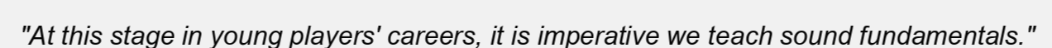
"At this stage in young players' careers, it is imperative we teach sound fundamentals."